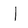
Character: l